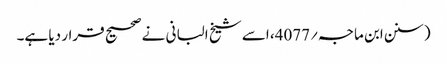
(سنن ابن ماجہ؍4077، اسے شیخ البانی نے صحیح قرار دیا ہے۔